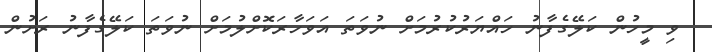
ވި މީހުން ކަލޭގެފާނު ހައްޔަރުކުރުމަށް ނުވަތަ އަވަހާރަކޮށްލުމަށް ނުވަތަ ކަލޭގެފާނު ރަށުން